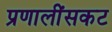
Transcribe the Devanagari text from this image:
प्रणालींसकट